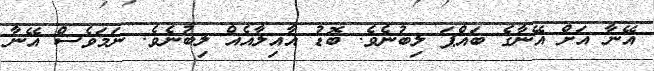
އޭނާ އަށް އޭނާގެ ބައްޕަ ލިބުނެވެ. ބޮޑު އާއިލާއެއް ލިބުނެވެ. ނަމަވެސް އޭނާ